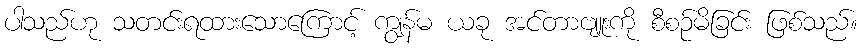
ပါသည်ဟု သတင်းရထားသောကြောင့် ကျွန်မ ယခု အင်တာဗျူးကို စီစဉ်မိခြင်း ဖြစ်သည်။